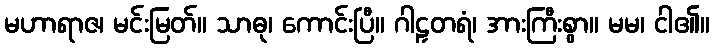
မဟာရာဇ၊ မင်းမြတ်။ သာဓု၊ ကောင်းပြီ။ ဂါဠှတရံ၊ အားကြီးစွာ။ မမ၊ ငါ၏။